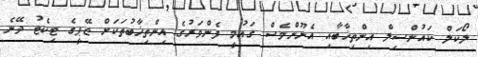
ލޯކަލް ކައުންސިލް އިންތިޚާބާއި އެނޫންވެސް ގައުމީ ފެންވަރުގެ އިންތިޚާބުތަކަށް ޖޭޕީގެ ޓިކެޓު ދޭނެ